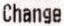
CHANGE